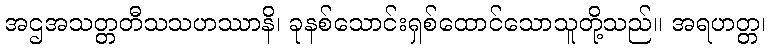
အဌအသတ္တတီသသဟဿာနိ၊ ခုနစ်သောင်းရှစ်ထောင်သောသူတို့သည်။ အရဟတ္တ၊